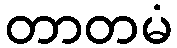
တာတမံ